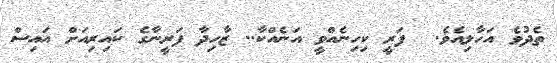
ތެދުވެ އަހާލިއެވެ.  ފަރީ ކިހިނެއްވީ އަނެއްކާ.. ޒާހިދާ ފަރީނާގެ ކައިރިއަށް އައިސް